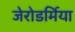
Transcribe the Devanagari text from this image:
जेरोडर्मिया